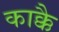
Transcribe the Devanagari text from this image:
काक्कै